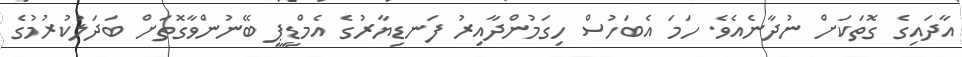
އާދައިގެ ގޮތަކަށް ނުދާނެއެވެ. ހަމަ އެބަހުސް ހިގަމުންދާއިރު ފަނޑިޔާރުގެ އެމްޑީޕީ ބޭނުންވާގޮތަށް ބަދަލުކުރުމުގެ